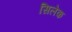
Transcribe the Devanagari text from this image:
सिलेक